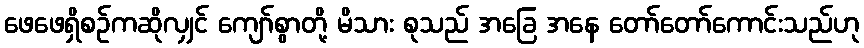
ဖေဖေရှိစဉ်ကဆိုလျှင် ကျော်စွာတို့ မိသား စုသည် အခြေ အနေ တော်တော်ကောင်းသည်ဟု